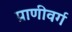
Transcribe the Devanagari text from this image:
प्राणीवर्ग